Civil Veterinary Dept. Bombay admin report 1932-41 - 1932-1941
Year: 1932
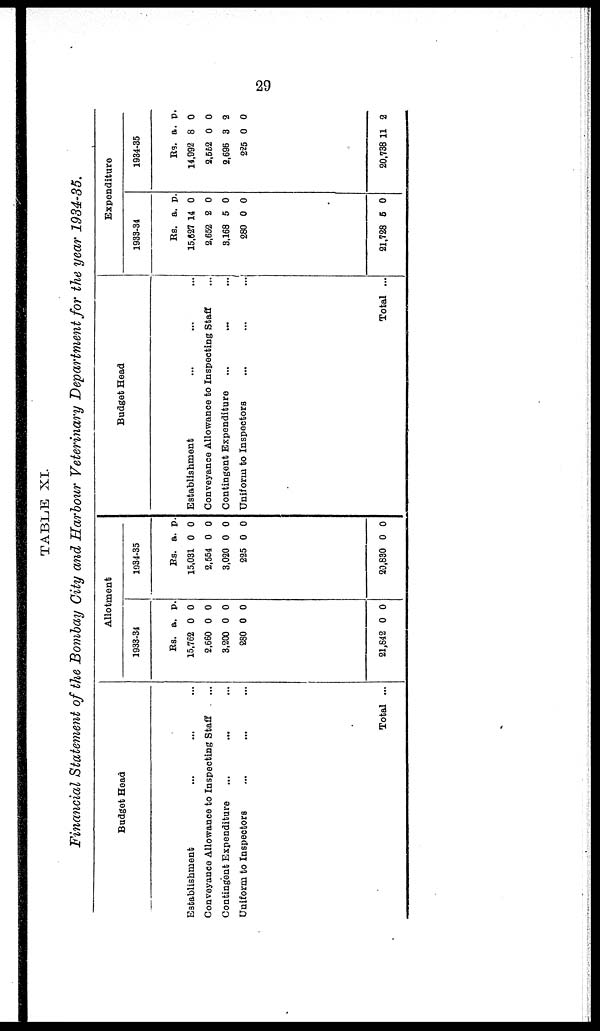
29
TABLE XI.
Financial Statement of the Bombay City and Harbour Veterinary Department for the year 1934-35.
Budget Head
Establishment ... ... ...
Conveyance Allowance to Inspecting Staff ...
Contingent Expenditure ... ... ...
Uniform to Inspectors ... ... ...
Total ...
Allotment
1933-34
Rs.
15,762
2,660
3,200
280
21,842
a.
0
0
0
0
0
p.
0
0
0
0
0
1934-35
Rs.
15,031
2,554
3,020
225
20,830
a.
0
0
0
0
0
p.
0
0
0
0
0
Budget Head
Establishment ... ... ...
Conveyance Allowance to Inspecting Staff ...
Contingent Expenditure ... ... ...
Uniform to Inspectors ... ... ...
Total ...
Expenditure
1933-34
Rs.
15,627
2,652
3,168
280
21,728
a.
14
2
5
0
5
p.
0
0
0
0
0
1934-35
Rs.
14,992
2,552
2,696
225
20,738
a.
8
0
3
0
11
p.
0
0
2
0
2